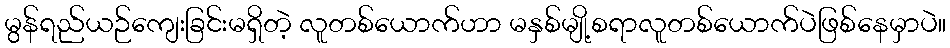
မွန်ရည်ယဉ်ကျေးခြင်းမရှိတဲ့ လူတစ်ယောက်ဟာ မနှစ်မျို့စရာလူတစ်ယောက်ပဲဖြစ်နေမှာပဲ။